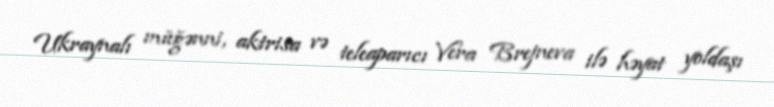
Ukraynalı müğənni, aktrisa və teleaparıcı Vera Brejneva ilə həyat yoldaşı